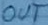
Text: OUT